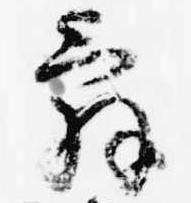
辞